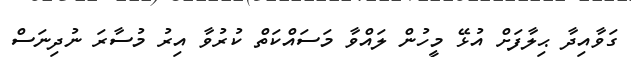
ގަވާއިދާ ޙިލާފަށް އުޅޭ މީހުން ލައްވާ މަސައްކަތް ކުރުވާ އިރު މުސާރަ ނުދިނަސް